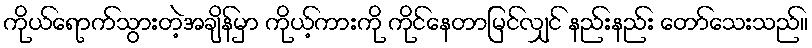
ကိုယ်ရောက်သွားတဲ့အချိန်မှာ ကိုယ့်ကားကို ကိုင်နေတာမြင်လျှင် နည်းနည်း တော်သေးသည်။